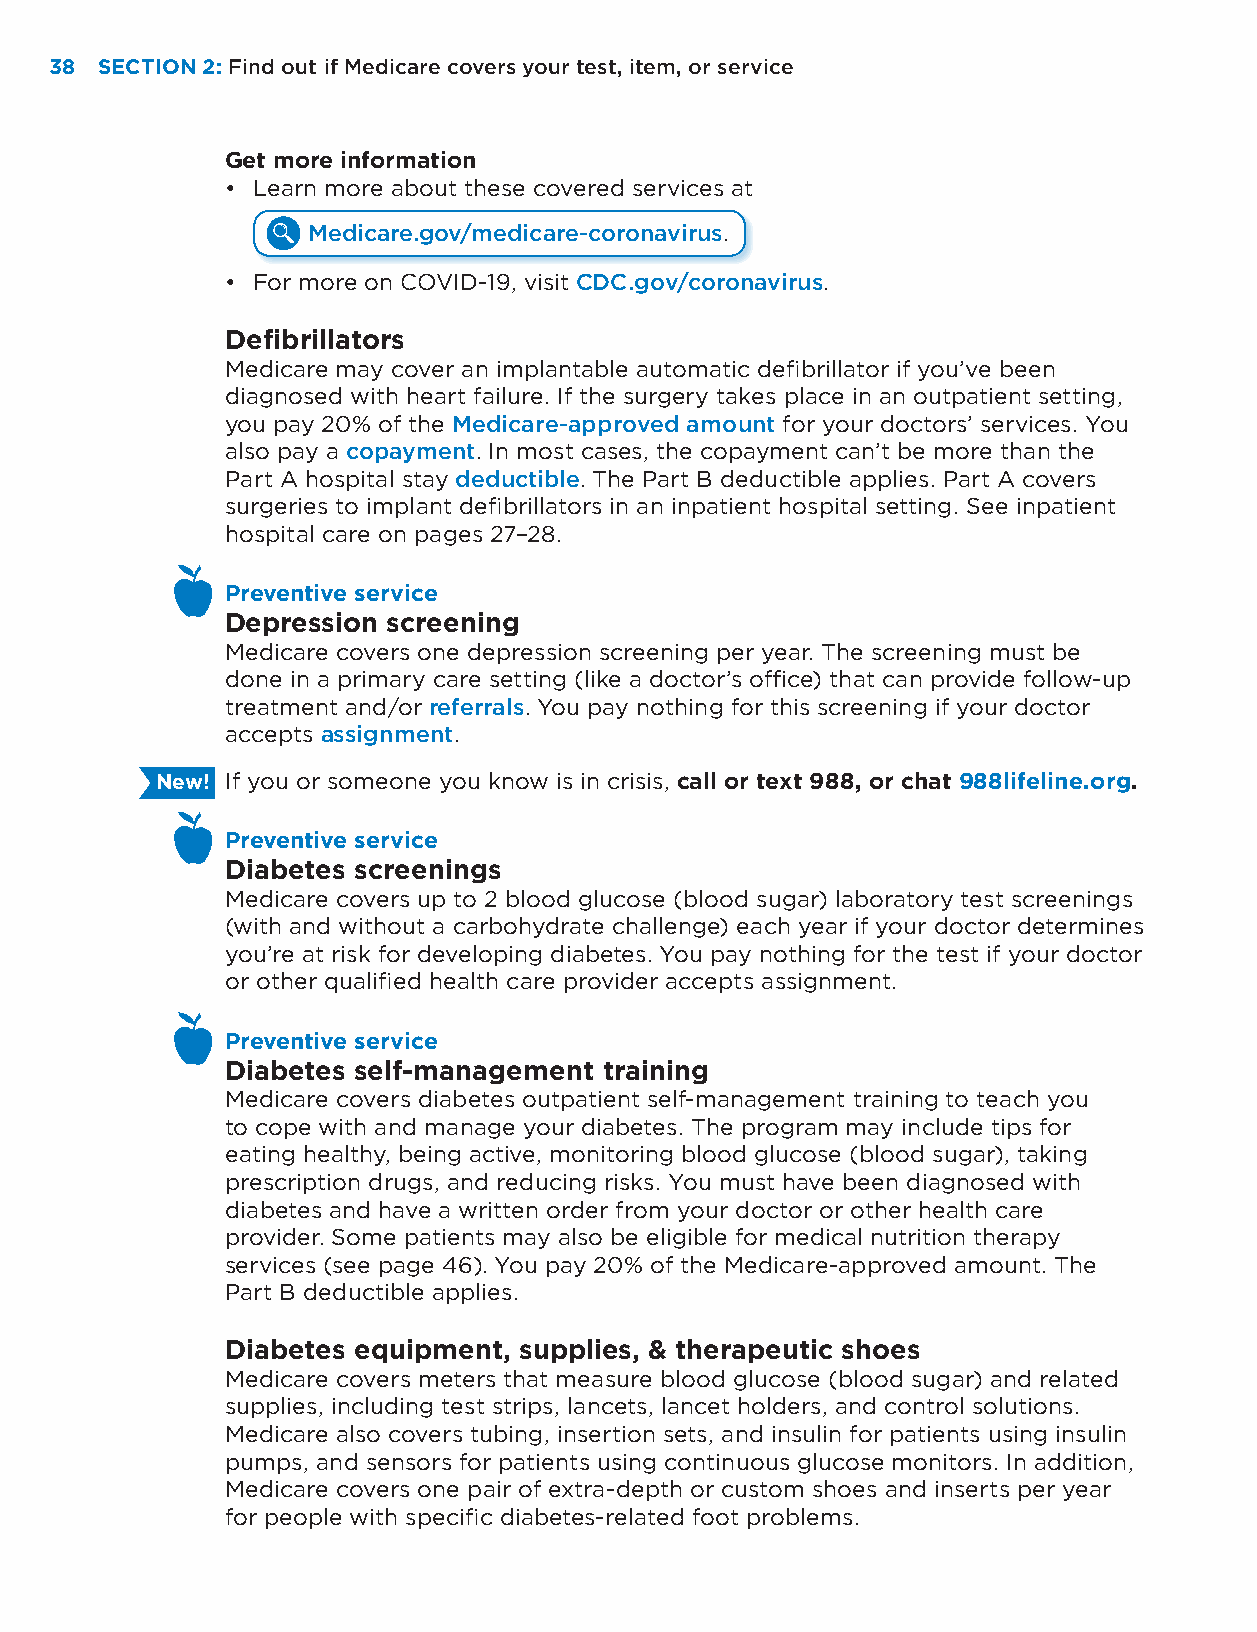
38 SECTION 2: Find out if Medicare covers your test, item, or service
 Get more information
 • Learn more about these covered services at
 Medicare.gov/medicare-coronavirus.
 • For more on COVID-19, visit CDC.gov/coronavirus.
 Defibrillators
 Medicare may cover an implantable automatic defibrillator if you’ve been
 diagnosed with heart failure. If the surgery takes place in an outpatient setting,
 you pay 20% of the Medicare-approved amount for your doctors’ services. You
 also pay a copayment. In most cases, the copayment can’t be more than the
 Part A hospital stay deductible. The Part B deductible applies. Part A covers
 surgeries to implant defibrillators in an inpatient hospital setting. See inpatient
 hospital care on pages 27–28.
 Preventive service
 Depression screening
 Medicare covers one depression screening per year. The screening must be
 done in a primary care setting (like a doctor’s office) that can provide follow-up
 treatment and/or referrals. You pay nothing for this screening if your doctor
 accepts assignment.
 New! If you or someone you know is in crisis, call or text 988, or chat 988lifeline.org.
 Preventive service
 Diabetes screenings
 Medicare covers up to 2 blood glucose (blood sugar) laboratory test screenings
 (with and without a carbohydrate challenge) each year if your doctor determines
 you’re at risk for developing diabetes. You pay nothing for the test if your doctor
 or other qualified health care provider accepts assignment.
 Preventive service
 Diabetes self-management training
 Medicare covers diabetes outpatient self-management training to teach you
 to cope with and manage your diabetes. The program may include tips for
 eating healthy, being active, monitoring blood glucose (blood sugar), taking
 prescription drugs, and reducing risks. You must have been diagnosed with
 diabetes and have a written order from your doctor or other health care
 provider. Some patients may also be eligible for medical nutrition therapy
 services (see page 46). You pay 20% of the Medicare-approved amount. The
 Part B deductible applies.
 Diabetes equipment, supplies, & therapeutic shoes
 Medicare covers meters that measure blood glucose (blood sugar) and related
 supplies, including test strips, lancets, lancet holders, and control solutions.
 Medicare also covers tubing, insertion sets, and insulin for patients using insulin
 pumps, and sensors for patients using continuous glucose monitors. In addition,
 Medicare covers one pair of extra-depth or custom shoes and inserts per year
 for people with specific diabetes-related foot problems.